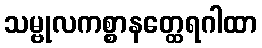
သမ္ဗုလကစ္စာနတ္ထေရဂါထာ